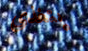
يتغذى